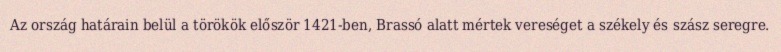
Az ország határain belül a törökök először 1421-ben, Brassó alatt mértek vereséget a székely és szász seregre.